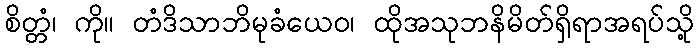
စိတ္တံ၊ ကို။ တံဒိသာဘိမုခံယေဝ၊ ထိုအသုဘနိမိတ်ရှိရာအရပ်သို့